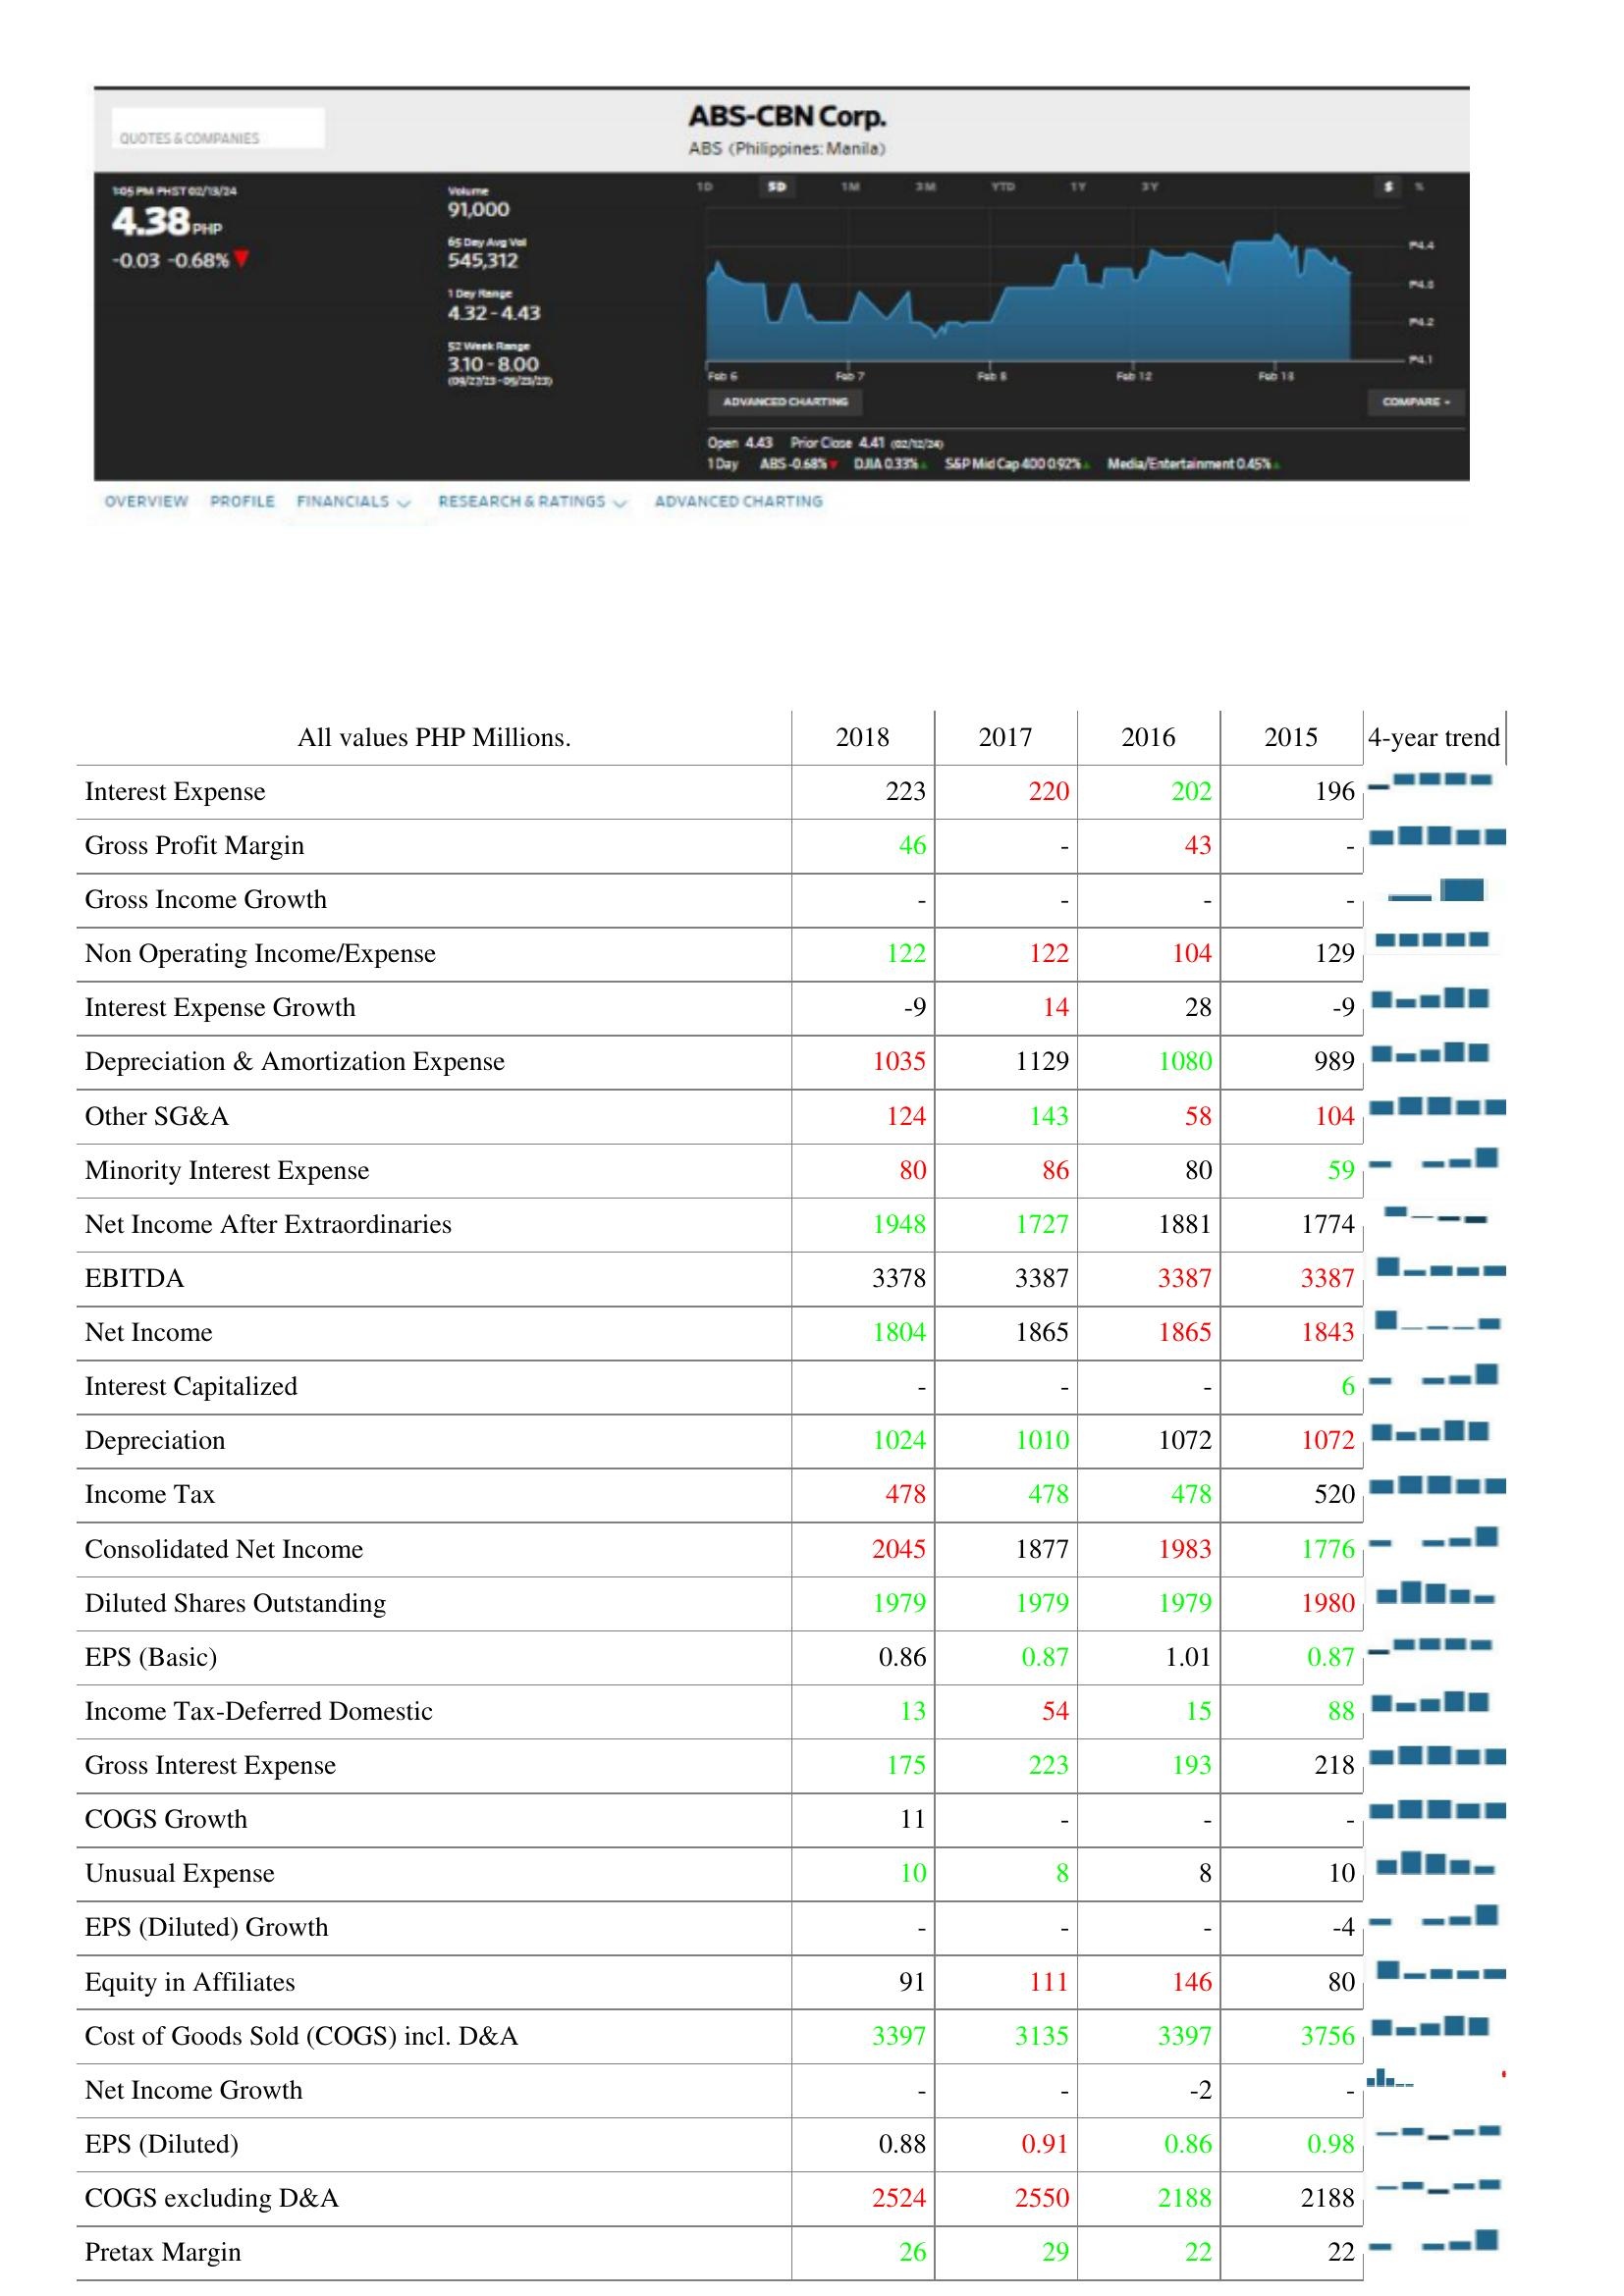
2018: : Interest Expense: 223
Gross Profit Margin: 46
Gross Income Growth: -
Non Operating Income/Expense: 122
Interest Expense Growth: -9
Depreciation & Amortization Expense: 1035
Other SG&A: 124
Minority Interest Expense: 80
Net Income After Extraordinaries: 1948
EBITDA: 3378
Net Income: 1804
Interest Capitalized: -
Depreciation: 1024
Income Tax: 478
Consolidated Net Income: 2045
Diluted Shares Outstanding: 1979
EPS (Basic): 0.86
Income Tax-Deferred Domestic: 13
Gross Interest Expense: 175
COGS Growth: 11
Unusual Expense: 10
EPS (Diluted) Growth: -
Equity in Affiliates: 91
Cost of Goods Sold (COGS) incl. D&A: 3397
Net Income Growth: -
EPS (Diluted): 0.88
COGS excluding D&A: 2524
Pretax Margin: 26
2017: : Interest Expense: 220
Gross Profit Margin: -
Gross Income Growth: -
Non Operating Income/Expense: 122
Interest Expense Growth: 14
Depreciation & Amortization Expense: 1129
Other SG&A: 143
Minority Interest Expense: 86
Net Income After Extraordinaries: 1727
EBITDA: 3387
Net Income: 1865
Interest Capitalized: -
Depreciation: 1010
Income Tax: 478
Consolidated Net Income: 1877
Diluted Shares Outstanding: 1979
EPS (Basic): 0.87
Income Tax-Deferred Domestic: 54
Gross Interest Expense: 223
COGS Growth: -
Unusual Expense: 8
EPS (Diluted) Growth: -
Equity in Affiliates: 111
Cost of Goods Sold (COGS) incl. D&A: 3135
Net Income Growth: -
EPS (Diluted): 0.91
COGS excluding D&A: 2550
Pretax Margin: 29
2016: : Interest Expense: 202
Gross Profit Margin: 43
Gross Income Growth: -
Non Operating Income/Expense: 104
Interest Expense Growth: 28
Depreciation & Amortization Expense: 1080
Other SG&A: 58
Minority Interest Expense: 80
Net Income After Extraordinaries: 1881
EBITDA: 3387
Net Income: 1865
Interest Capitalized: -
Depreciation: 1072
Income Tax: 478
Consolidated Net Income: 1983
Diluted Shares Outstanding: 1979
EPS (Basic): 1.01
Income Tax-Deferred Domestic: 15
Gross Interest Expense: 193
COGS Growth: -
Unusual Expense: 8
EPS (Diluted) Growth: -
Equity in Affiliates: 146
Cost of Goods Sold (COGS) incl. D&A: 3397
Net Income Growth: -2
EPS (Diluted): 0.86
COGS excluding D&A: 2188
Pretax Margin: 22
2015: : Interest Expense: 196
Gross Profit Margin: -
Gross Income Growth: -
Non Operating Income/Expense: 129
Interest Expense Growth: -9
Depreciation & Amortization Expense: 989
Other SG&A: 104
Minority Interest Expense: 59
Net Income After Extraordinaries: 1774
EBITDA: 3387
Net Income: 1843
Interest Capitalized: 6
Depreciation: 1072
Income Tax: 520
Consolidated Net Income: 1776
Diluted Shares Outstanding: 1980
EPS (Basic): 0.87
Income Tax-Deferred Domestic: 88
Gross Interest Expense: 218
COGS Growth: -
Unusual Expense: 10
EPS (Diluted) Growth: -4
Equity in Affiliates: 80
Cost of Goods Sold (COGS) incl. D&A: 3756
Net Income Growth: -
EPS (Diluted): 0.98
COGS excluding D&A: 2188
Pretax Margin: 22